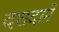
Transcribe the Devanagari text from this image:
दशदानें